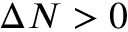
\Delta N > 0